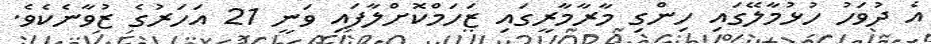
އެ ދުވަހު ހުޅުމާލޭގައި ހިންގި މާރާމާރީގައި ޒަހަމްކޮށްލާފައި ވަނީ 21 އަހަރުގެ ޒުވާނެކެވެ.